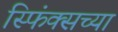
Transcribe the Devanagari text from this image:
स्फिंक्सच्या